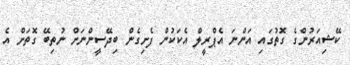
ކޭޝިއަރުންގެ ގޮތުގައި އަންނަ އެޕްރީލް އެކަކުން ފެށިގެން ބިދޭސީންނަށް ނުތިބޭ ގޮތަށް އެ